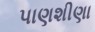
પાણશીણા